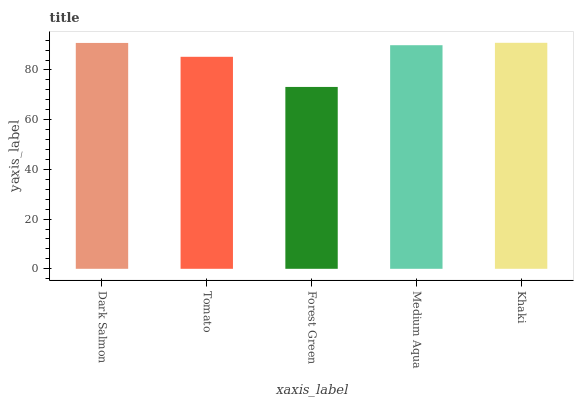
| xaxis_label | bars |
 | --- | --- |
 | Dark Salmon | 90.9 |
 | Tomato | 85.3 |
 | Forest Green | 73.2 |
 | Medium Aqua | 90 |
 | Khaki | 90.9 |